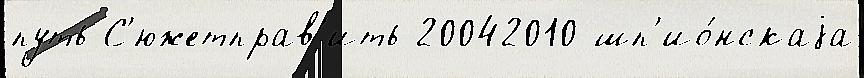
путь С'южетправ'ить 20042010 шп'ио́нскаjа